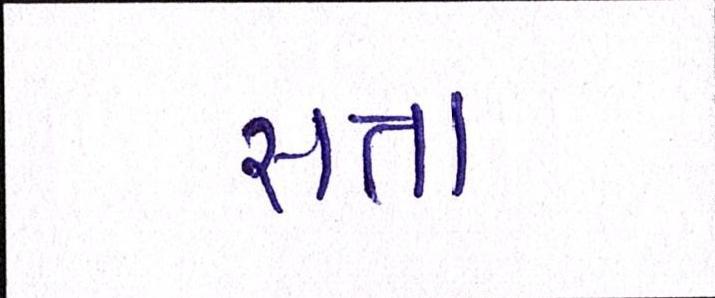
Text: સત્તા